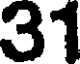
31